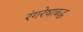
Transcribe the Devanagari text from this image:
रंगरेषाबद्ध